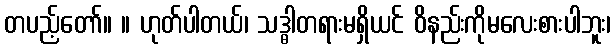
တပည့်တော်။ ။ ဟုတ်ပါတယ်၊ သဒ္ဓါတရားမရှိယင် ဝိနည်းကိုမလေးစားပါဘူး၊